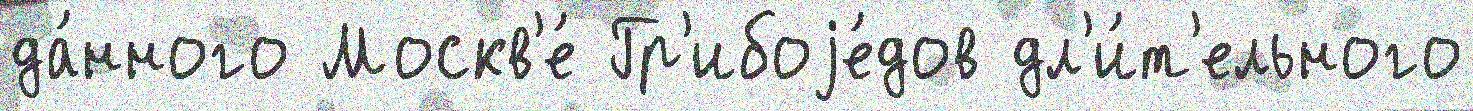
да́нного Москв'е́ Гр'ибоjе́дов дл'и́т'ельного